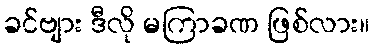
ခင်ဗျား ဒီလို မကြာခဏ ဖြစ်လား။